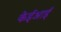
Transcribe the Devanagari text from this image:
केईआई